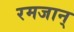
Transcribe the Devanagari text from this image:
रमजान्